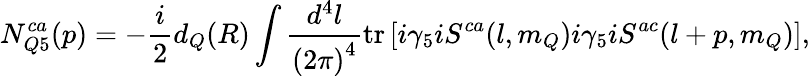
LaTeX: N_{Q5}^{ca}(p)=-\frac{i}{2}d_{Q}(R)\int\frac{d^{4}l}{{(2\pi)}^{4}}\mathrm{tr}\left[i\gamma_{5}iS^{ca}(l,m_{Q})i\gamma_{5}iS^{ac}(l+p,m_{Q})\right],